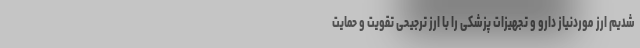
شدیم ارز موردنیاز دارو و تجهیزات پزشکی را با ارز ترجیحی تقویت و حمایت